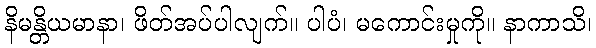
နိမန္တိယမာနာ၊ ဖိတ်အပ်ပါလျက်။ ပါပံ၊ မကောင်းမှုကို။ နာကာသိ၊